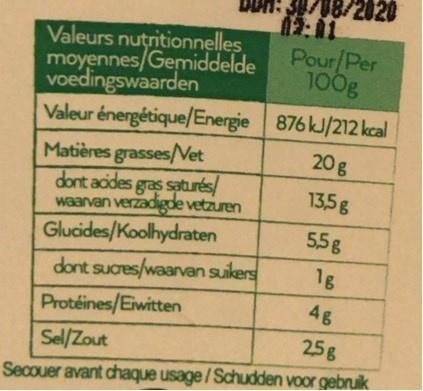
2020
Valeurs nuțritionnelles moyennes/Gemiddelde voedingswaarden Valeur énergétique/Energie 876 kJ/212 kcal
Pour/Per 100g
Matières grasses/Net dont acides gras saturés/ waarvan verzadigde vetzuren Glucides/Koolhydraten
20 g
13,5g
5,5g
dont sucres/waarvan suikers
1g
Sua
Protéines/Eiwitten
4g
Sel/Zout
25g
Secouer avant chaque usage/Schudden voor gebruik